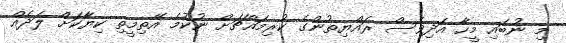
މި ނުބައި މީހާ އަދިވެސް ރައްޔިތުންގެ ކުރިމައްޗަށް ނުކުމެ އޭތިމީތި ކިޔާކަށް ލަދެއް